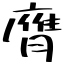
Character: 膺